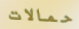
حمالات